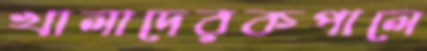
খালাদেরকপালে